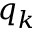
q _ { k }